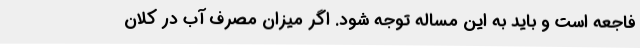
فاجعه است و باید به این مساله توجه شود. اگر میزان مصرف آب در کلان